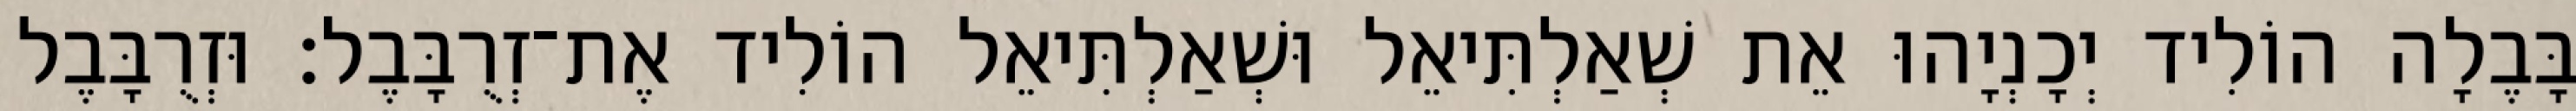
בָּבֶלָה הוֹלִיד יְכָנְיָהוּ אֵת שְׁאַלְתִּיאֵל וּשְׁאַלְתִּיאֵל הוֹלִיד אֶת־זְרֻבָּבֶל׃ וּזְרֻבָּבֶל